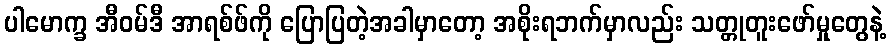
ပါမောက္ခ အီဝမ်ဒီ အာရစ်ဖ်ကို ပြောပြတဲ့အခါမှာတော့ အစိုးရဘက်မှာလည်း သတ္တုတူးဖော်မှုတွေနဲ့